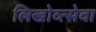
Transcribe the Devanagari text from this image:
लिखोव्त्सेवा